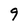
Character: 9